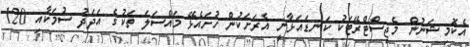
އެކޮމިޝަނުން މެޖިސްޓްރޭޓަކު ކަނޑައަޅާނީ އެރަށަކުން ހުށައެޅޭ މައްސަލަ ތަކުގެ އަދަދު ސުމަކާއި 120